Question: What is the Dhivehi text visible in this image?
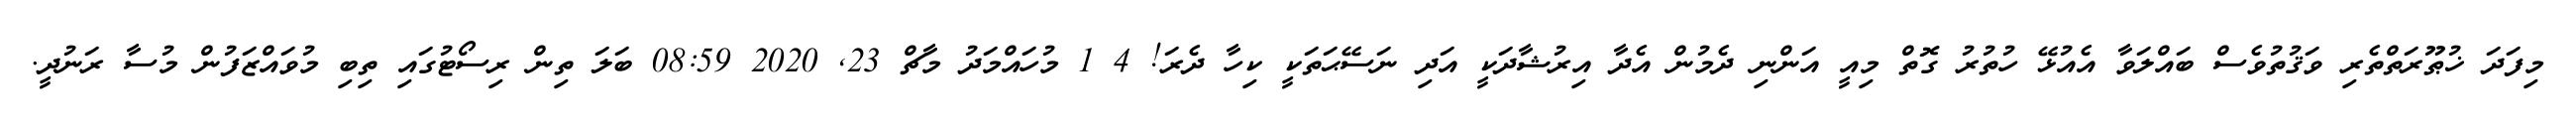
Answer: މިފަދަ ޚުޠޫރަތްތެރި ވަޤުތުވެސް ބައްލަވާ އެއުޅޭ ހުތުރު ގޮތް މިއީ އަންނި ދެމުން އެދާ އިރުޝާދަކީ އަދި ނަސޭޙަތަކީ ކިހާ ދެރަ! 4 1 މުހައްމަދު މާޗް 23, 2020 08:59 ބަލަ ތިން ރިސޯޓުގައި ތިބި މުވައްޒަފުން މުސާ ރަނުދީ.